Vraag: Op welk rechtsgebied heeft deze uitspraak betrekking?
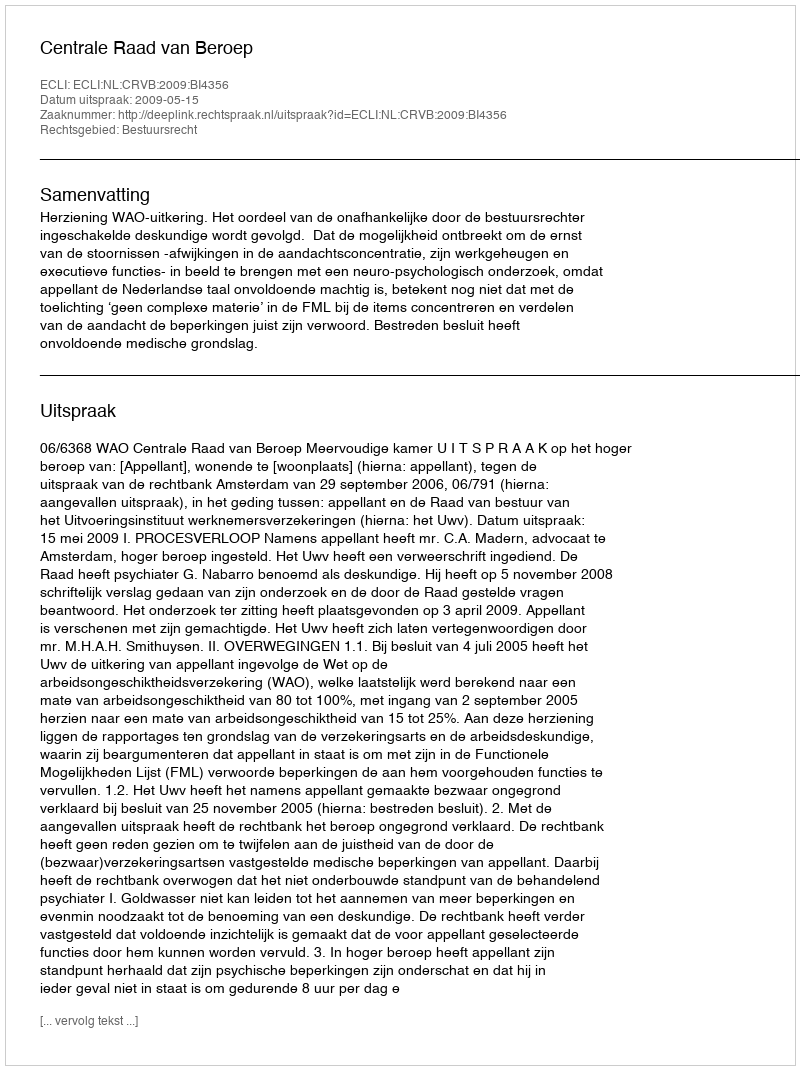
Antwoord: Bestuursrecht